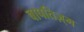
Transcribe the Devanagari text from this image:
बापतिज़्म